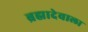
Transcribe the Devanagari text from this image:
ब्रह्मादेवाला